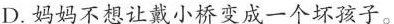
D.妈妈不想让戴小桥变成一个坏孩子。